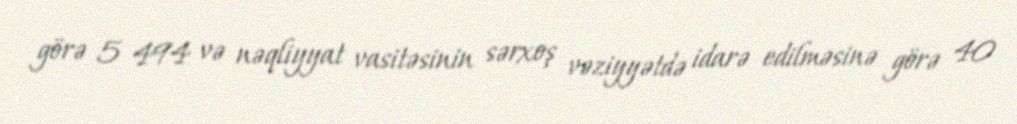
görə 5 494 və nəqliyyat vasitəsinin sərxoş vəziyyətdə idarə edilməsinə görə 40